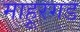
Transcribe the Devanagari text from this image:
माहूरगड